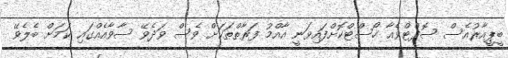
ބީޕީއާރުއެސް ސޮފްޓްވެއާ ހޯސްޓްކޮށްފައިވަނީ އާއްމު ފަރާތްތަކަށް ވެސް ވަދެވޭ ސާވާއެއްގައި ކަމަށް ބެލެވޭ